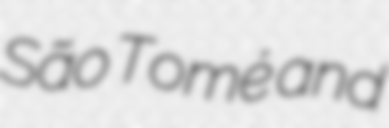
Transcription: São Tomé and